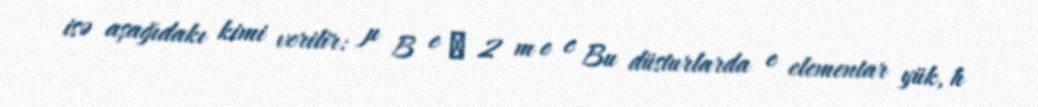
isə aşağıdakı kimi verilir: μ B e ℏ 2 m e c Bu düsturlarda e elementar yük, ħ